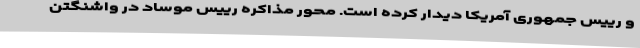
و رییس جمهوری آمریکا دیدار کرده است. محور مذاکره رییس موساد در واشنگتن